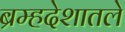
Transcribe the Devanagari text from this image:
ब्रम्हदेशातले